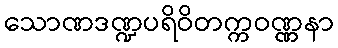
သောဏဒဏ္ဍပရိဝိတက္ကဝဏ္ဏနာ